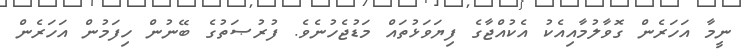
ނީމާ އަހަރެން ގޮވާލުމާއިއެކު އެކުއްޖާގެ ފިޔަވަޅުތައް މަޑުޖެހުނެވެ. ފުރުޞަތުގެ ބޭނުން ހިފަމުން އަހަރެން